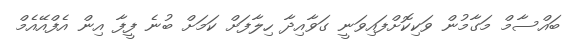
ބައްސާމް މަގާމުން ވަކިކޮށްފައިވަނީ ގަވާއިދާ ހިލާފަށް ކަމަށް ބުނެ ފީފާ އިން އެފްއޭއެމް